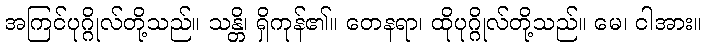
အကြင်ပုဂ္ဂိုလ်တို့သည်။ သန္တိ၊ ရှိကုန်၏။ တေနရာ၊ ထိုပုဂ္ဂိုလ်တို့သည်။ မေ၊ ငါအား။